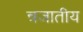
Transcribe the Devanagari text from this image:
न्रजातीय